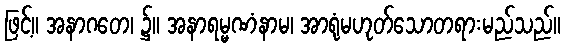
ဖြင့်။ အနာဂတေ၊ ၌။ အနာရမ္မဏံနာမ၊ အာရုံမဟုတ်သောတရားမည်သည်။